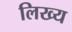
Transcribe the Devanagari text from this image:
लिख्य